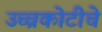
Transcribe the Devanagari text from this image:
उच्चकोटीचे